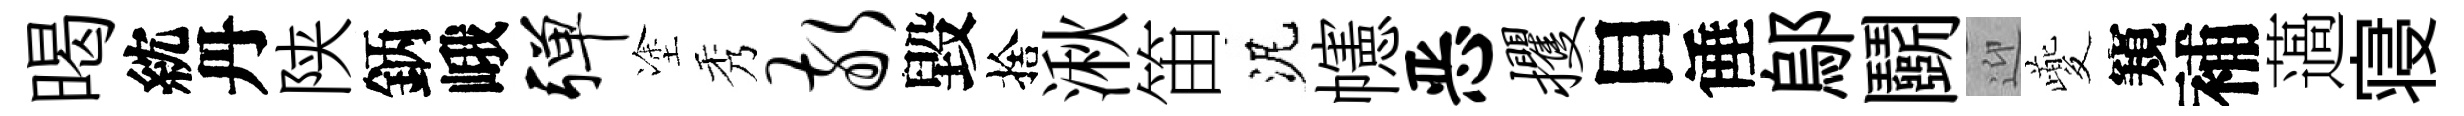
暍紞丹陕鈵峨弹塗秀敬毀捨湫笛泥幰恶攫目倕鄔鬬迎夔窺補薖寝